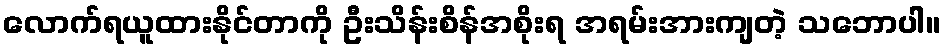
လောက်ရယူထားနိုင်တာကို ဦးသိန်းစိန်အစိုးရ အရမ်းအားကျတဲ့ သဘောပါ။